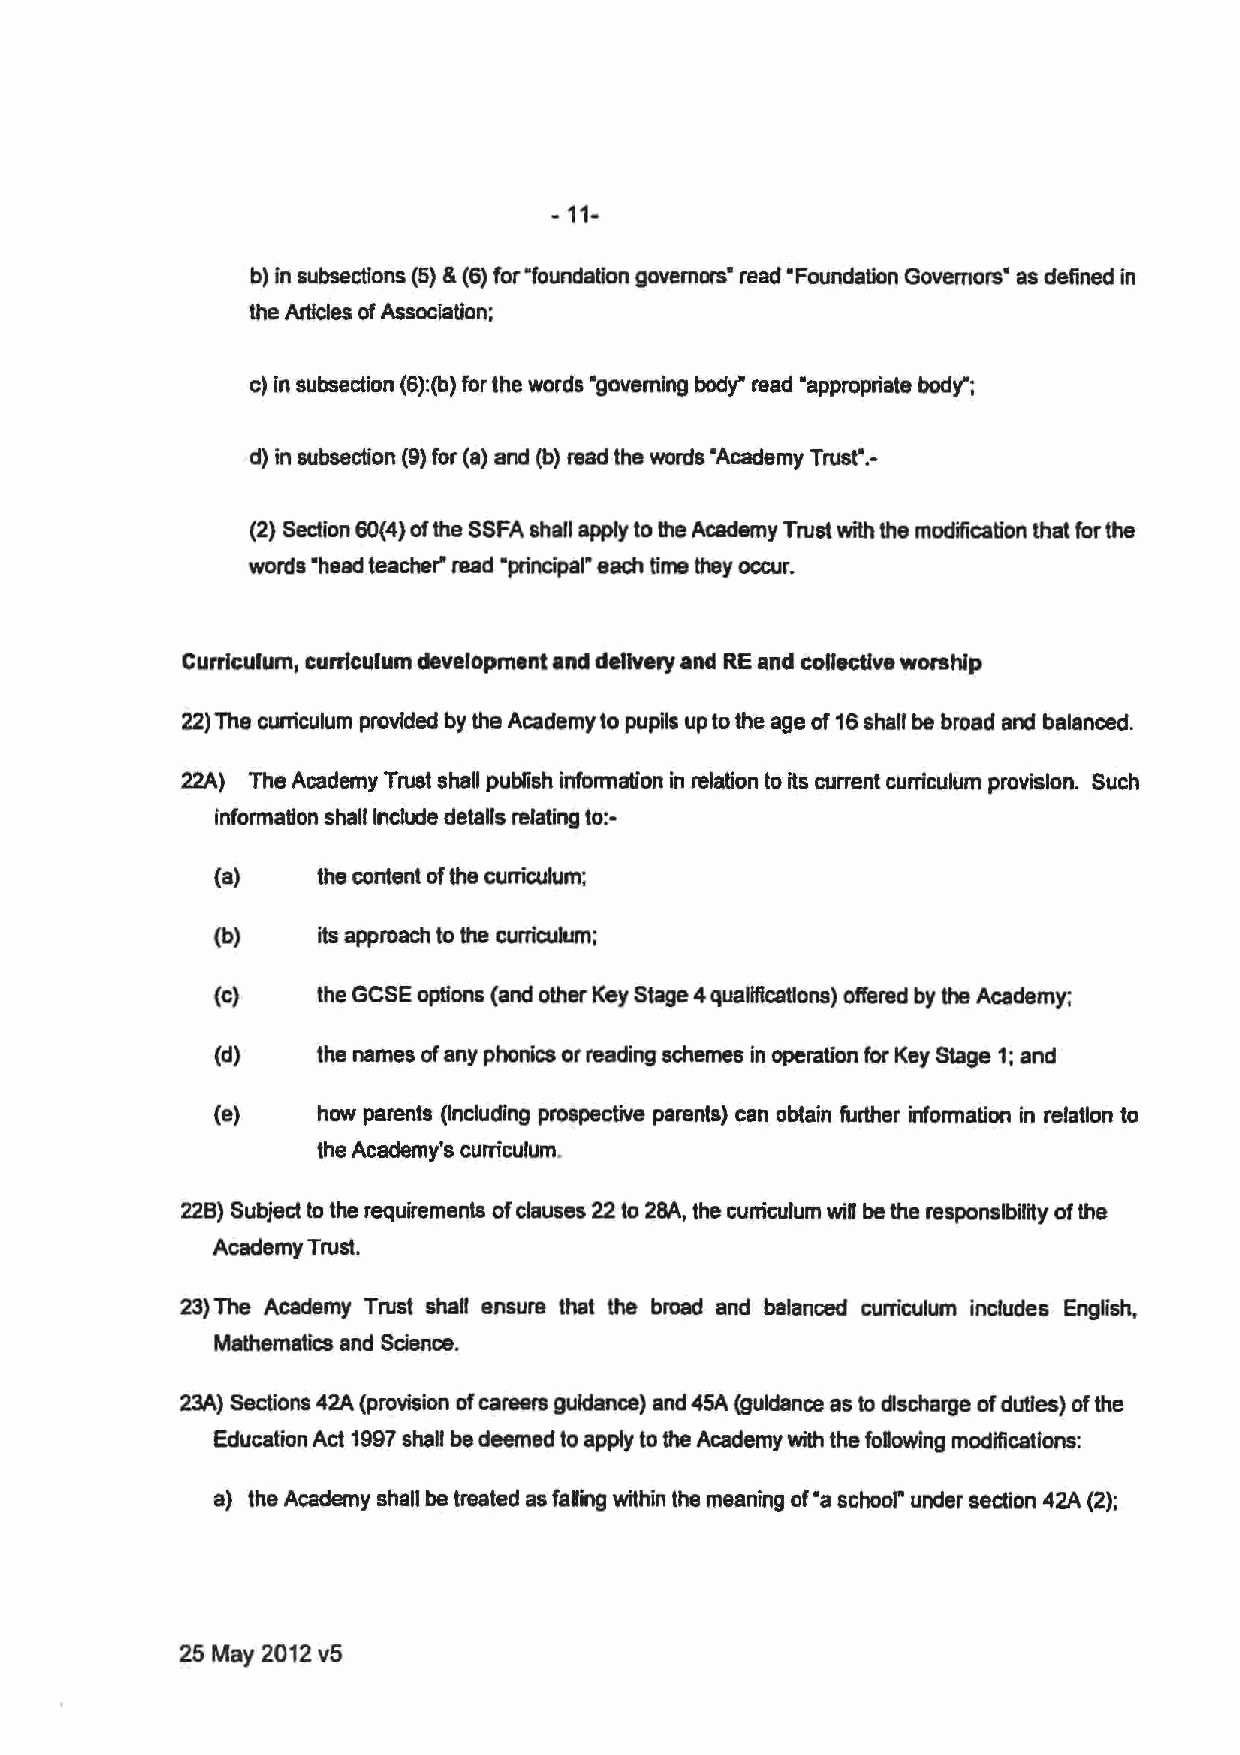
- 11-
 b) in subsections (5) & (6) for"foundation governors• read •Foundation Governors• as defined in
 the Articles of Association;
 c) in subsection (6):(b) for the words •governing body" read •appropriate body-;
 d) in subsection (9) for (a) and (b) read the words "Academy Trust•.-
 (2) Section 60(4) of the SSFA shall apply to the Academy Trust with the modification that for the
 words ·head teacher" read "principal" each time they occur.
 Curriculum, curriculum development and delivery and RE and collective worship
 22) The curriculum provided by the Academy to pupils up to the age of 16 shall be broad and balanced.
 22A) The Academy Trust shall publish information in relation to its current curriculum provision. Such
 information shall Include details relating to:-
 (a)    the content of the curriculum;
 (b)    its approach to the curriculum;
 (c)    the GCSE options (and other Key Stage 4 qualifications) offered by the Academy;
 (d)    the names of any phonics or reading schemes in operation for Key stage 1; and
 (e)    how parents (Including prospective parents) can obtain further information in relation to
 the Academy's curriculum.
 228) Subject to the requirements of clauses 22 to 28A, the cuniculum wiR be the responsibility of the
 Academy Trust.
 23) The Academy Trust shan ensure that the broad and balanced curriculum includes English,
 Mathematics and Science.
 23A) Sections 42A (provision of careers guidance) and 45A (guidance as to clscharge of duties) of the
 Education Act 1997 shall be deemed to apply to the Academy with the foDowing modifications:
 a) the Academy shall be treated as faDing within the meaning of "a school" under section 42A (2):
 25 May 2012 v5